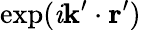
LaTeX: \exp(\mathit{i}\mathbf{{k}}^{\prime}\cdot\mathbf{{r}}^{\prime})